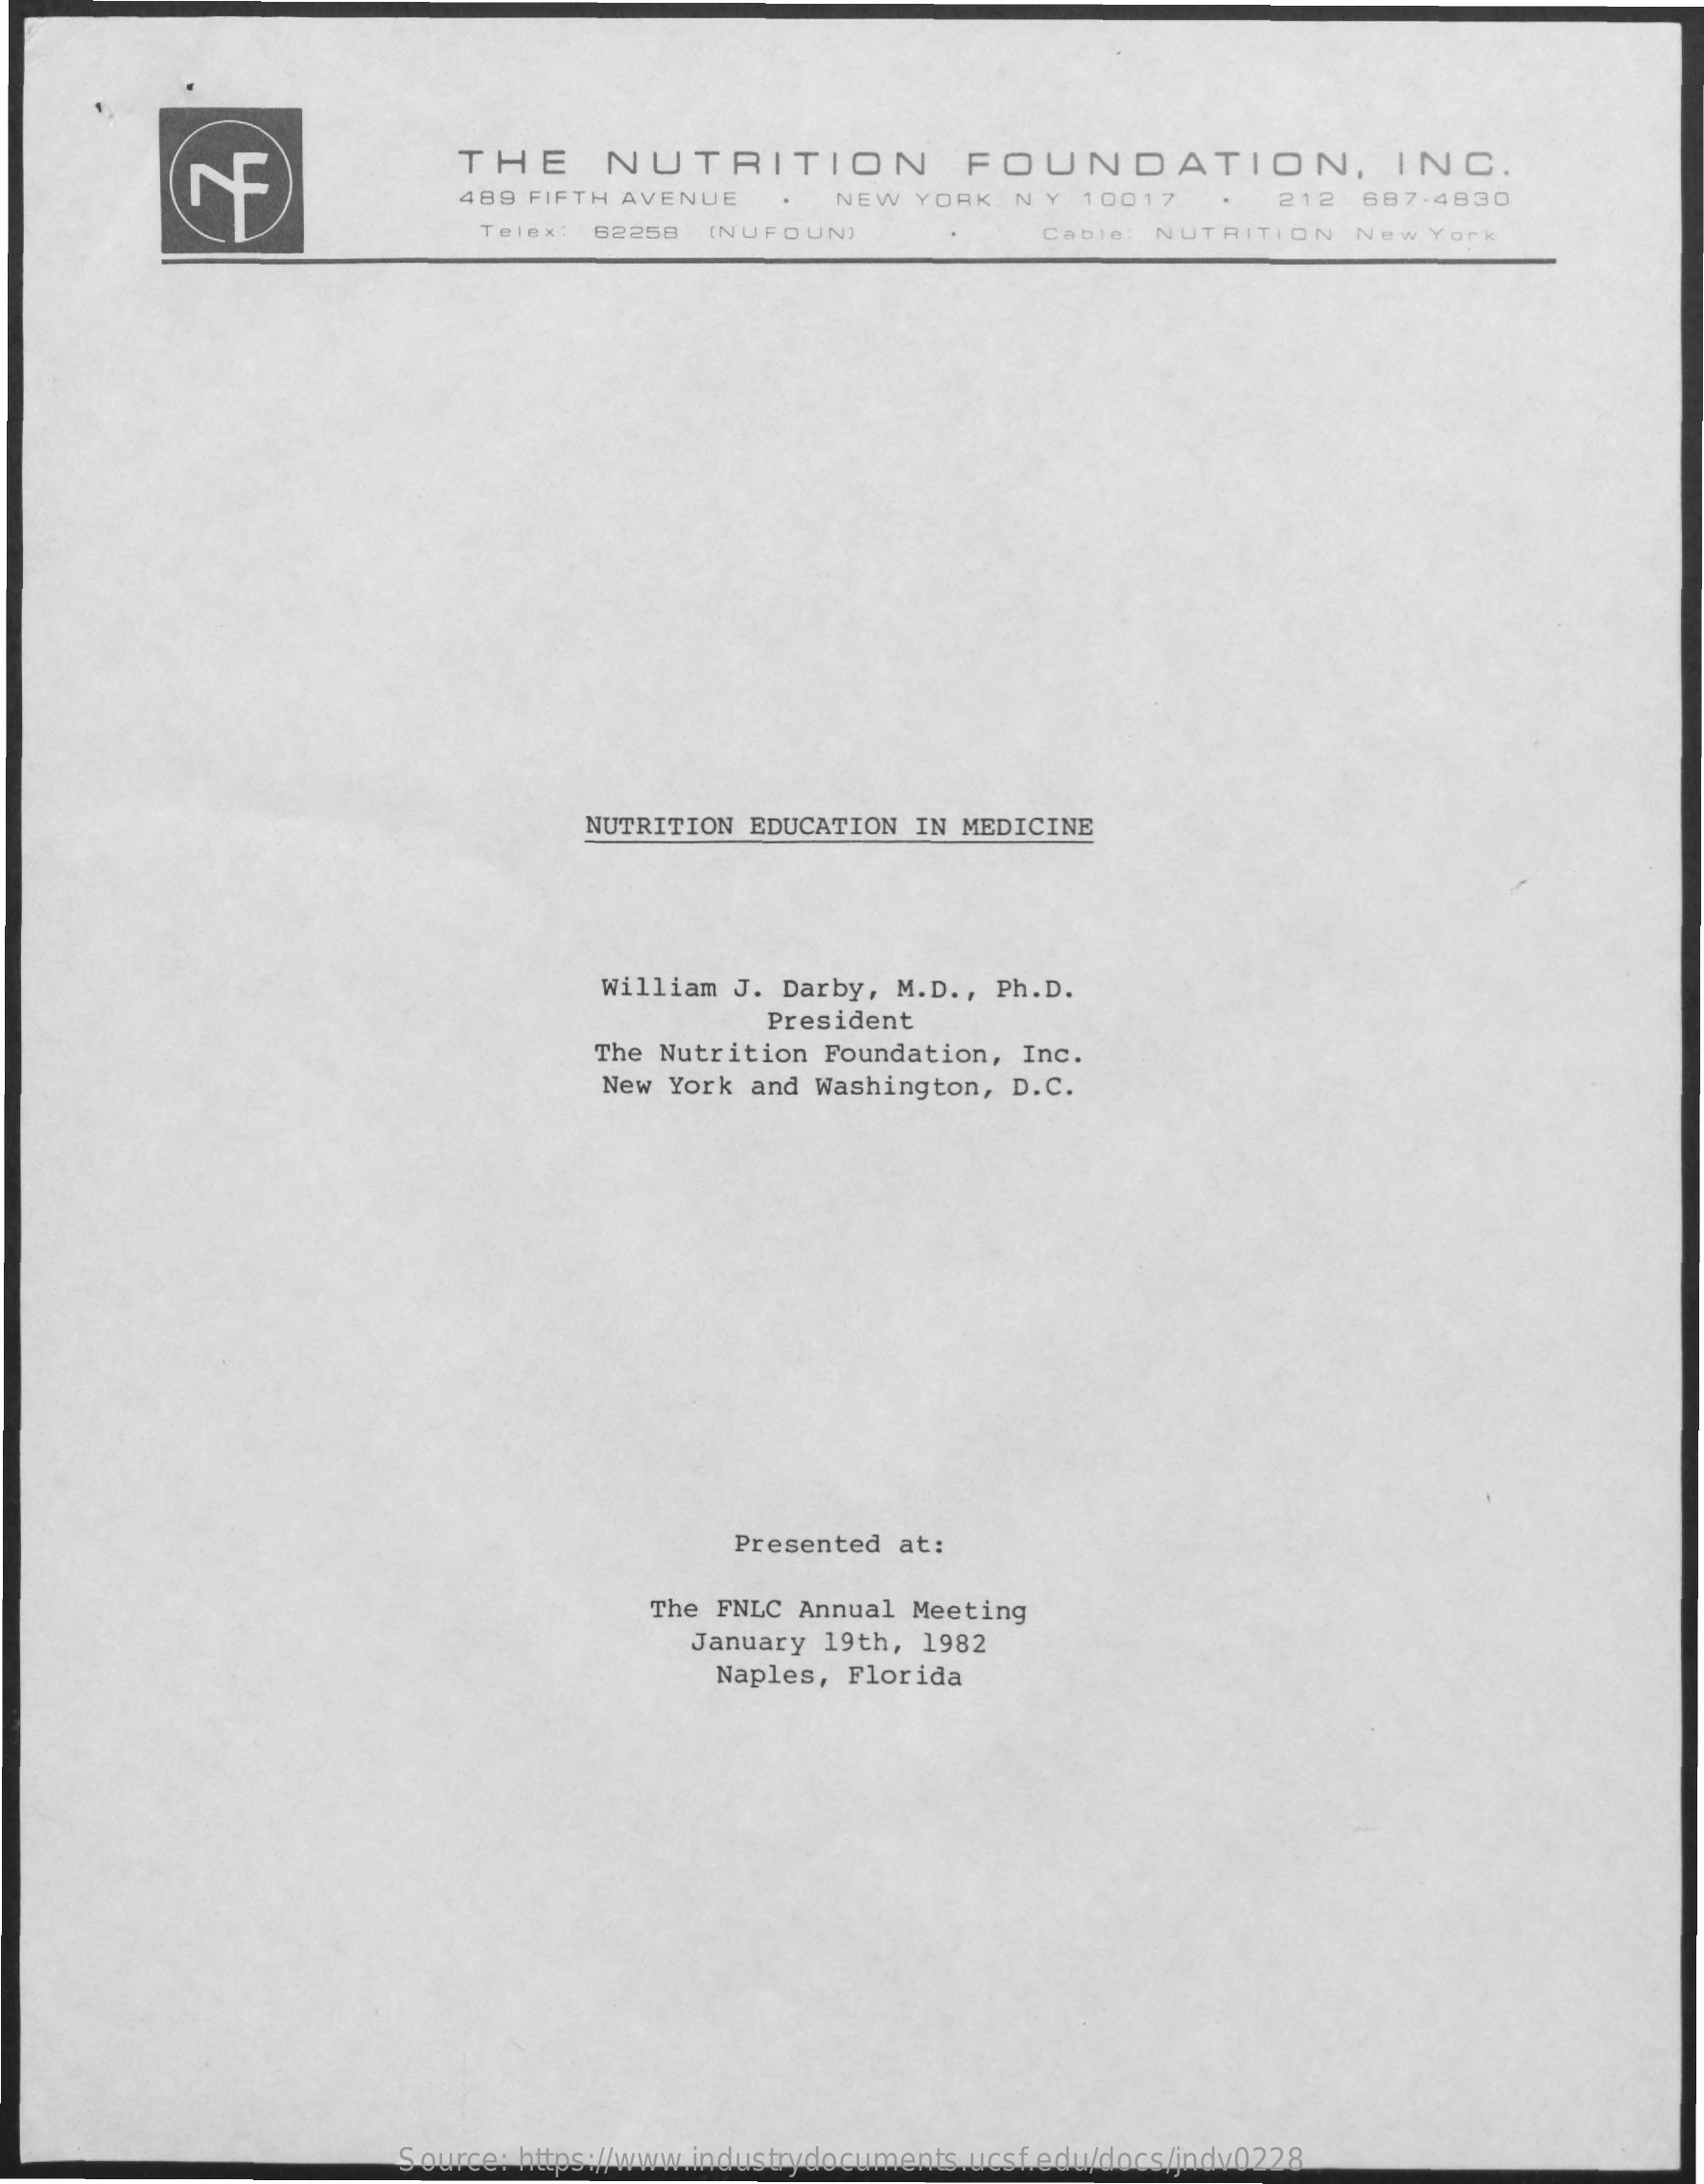
THE    NUTRITION    FOUNDATION,    INC.
     489  FIFTH AVENUE    NEW  YORK  NY   10017    212  687-4830
     Telex  62258  [NUFOUN)    Cable: NUTRITION    New  York
     NUTRITION  EDUCATION  IN MEDICINE
     William  J. Darby, M.D ., Ph.D.
     President
     The Nutrition  Foundation,  Inc.
     New  York and Washington,  D.C.
     Presented  at:
     The FNLC Annual  Meeting
     January 19th, 1982
     Naples, Florida
     Source: https://www.industrydocuments.ucsf.edu/docs/jndv0228